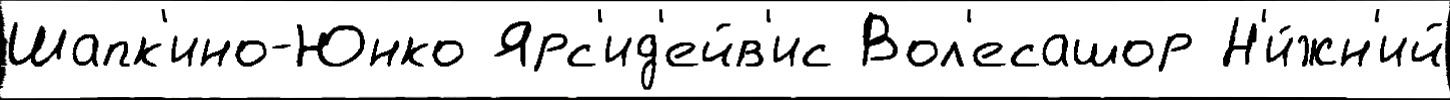
Шапк'ино-Юнко Ярс'ид'ейв'ис Вол'есашор Н'и́жн'ий